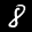
Label: 8